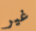
غير